Rangoon Lunatic Asylum 1878-1892 - 1878-1892
Year: 1878
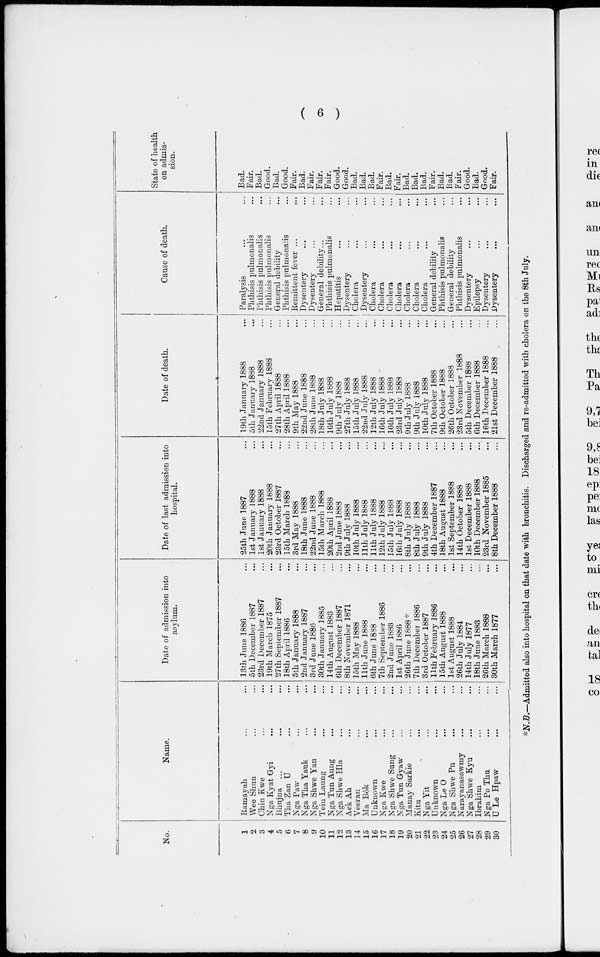
( 6 )
No.
1
2
3
4
5
6
7
8
9
10
11
12
13
14
15
16
17
18
19
20
21
22
23
24
25
26
27
28
29
30
Name.
Ramayah ... ...
Wee Shun ... ...
Chin Kwe ... ...
Nga Kyat Gyi ... ...
Bhujna ... ...
Tha Zan U ... ...
Nga Paw ... ...
Nga Tha Yauk ... ...
Nga Shwe Yan ... ...
Tein Laung ... ...
Nga Tun Aung ... ...
Nga Shwe Hla ... ...
Ack Ah ... ...
Veeran ... ...
Ma Bôk ... ...
Unknown ... ...
Nga Kwe ... ...
Nga Shwe Sung ... ...
Nga Tun Gyaw ... ...
Manay Sarkie ... ...
Kitu ... ...
Nga Yit ... ...
Unknown ... ...
Nga Le O ... ...
Nga Shwe Pu ... ...
Narayanasawmy ... ...
Nga Shwe Kyu ... ...
Ibrahim ... ...
Nga Po Thu ... ...
U Le Hpaw ... ...
Date of admission into
asylum.
13th June 1886 ...
5th December 1887 ...
23rd December 1887 ...
19th March 1875 ...
27th September 1887 ...
18th April 1886 ...
5th January 1888 ...
2nd January 1887 ...
3rd June 1886 ...
30th January 1885 ...
14th August 1883 ...
6th December 1887 ...
8th November 1871 ...
15th May 1888 ...
11th June 1888 ...
6th June 1888 ...
7th September 1886 ...
2nd June 1883 ...
1st April 1886 ...
26th June 1888* ...
7th December 1886 ...
3rd October 1887 ...
11th February 1886 ...
15th August 1888 ...
1st August 1888 ...
26th July 1884 ...
14th July 1877 ...
18th June 1883 ...
26th March 1888 ...
30th March 1877 ...
Date of last admission into
hospital.
25th June 1887 ...
1st January 1888 ...
1st January 1888 ...
20th January 1888 ...
23rd October 1887 ...
15th March 1888 ...
3rd May 1888 ...
18th June 1888 ...
22nd June 1888 ...
15th March 1888 ...
20th April 1888 ...
2nd June 1888 ...
9th July 1888 ...
10th July 1888 ...
11th July 1888 ...
11th July 1888 ...
12th July 1888 ...
15th July 1888 ...
16th July 1888 ...
8th July 1888 ...
8th July 1888 ...
9th July 1888 ...
4th December 1887 ...
18th August 1888 ...
1st September 1888 ...
14th October 1888 ...
1st December 1888 ...
10th December 1888 ...
23rd November 1885 ...
8th December 1888 ...
Date of death.
19th January 1888 ...
5th January 1888 ...
22nd January 1888 ...
15th February 1888 ...
27th April 1888 ...
28th April 1888 ...
9th May 1888
22nd June 1888 ...
28th June 1888 ...
18th July 1888 ...
16th July 1888 ...
9th July 1888 ...
27th July 1888 ...
15th July 1888 ...
22nd July 1888 ...
12th July 1888 ...
16th July 1888 ...
16th July 1888 ...
23rd July 1888 ...
9th July 1888 ...
9th July 1888 ...
10th July 1888 ...
7th October 1888 ...
9th October 1888 ...
26th October 1888 ...
23rd November 1888 ...
5th December 1888 ...
6th December 1888 ...
16th December 1888 ...
21st December 1888 ...
Cause of death.
Paralysis ... ...
Phthisis pulmonalis ...
Phthisis pulmonalis ...
Phthisis pulmonalis ...
General debility ...
Phthisis pulmonalis ...
Remittent fever ... ...
Dysentery ... ...
Dysentery ... ...
General debility... ...
Phthisis pulmonalis ...
Hepatitis ... ...
Dysentery ... ...
Cholera ... ...
Dysentery ... ...
Cholera
...
...
Cholera
...
...
Cholera
...
...
Cholera ... ...
Cholera ... ...
Cholera ... ...
Cholera ... ...
General debility ...
Phthisis pulmonalis ...
General debility ...
Phthisis pulmonalis ...
Dysentery ... ...
Epilepsy ... ...
Dysentery ... ...
Dysentery ... ...
State of health
on admis-
sion.
Bad.
Fair.
Bad.
Good.
Bad.
Good.
Fair.
Bad.
Fair.
Fair.
Fair.
Good.
Good.
Bad.
Bad.
Bad.
Fair.
Bad.
Fair.
Bad.
Bad.
Bad.
Fair.
Bad.
Bad.
Fair.
Good.
Bad.
Good.
Fair.
*N.B.—Admitted also into hospital on that date with bronchitis. Discharged and re-admitted with cholera on the 8th July.